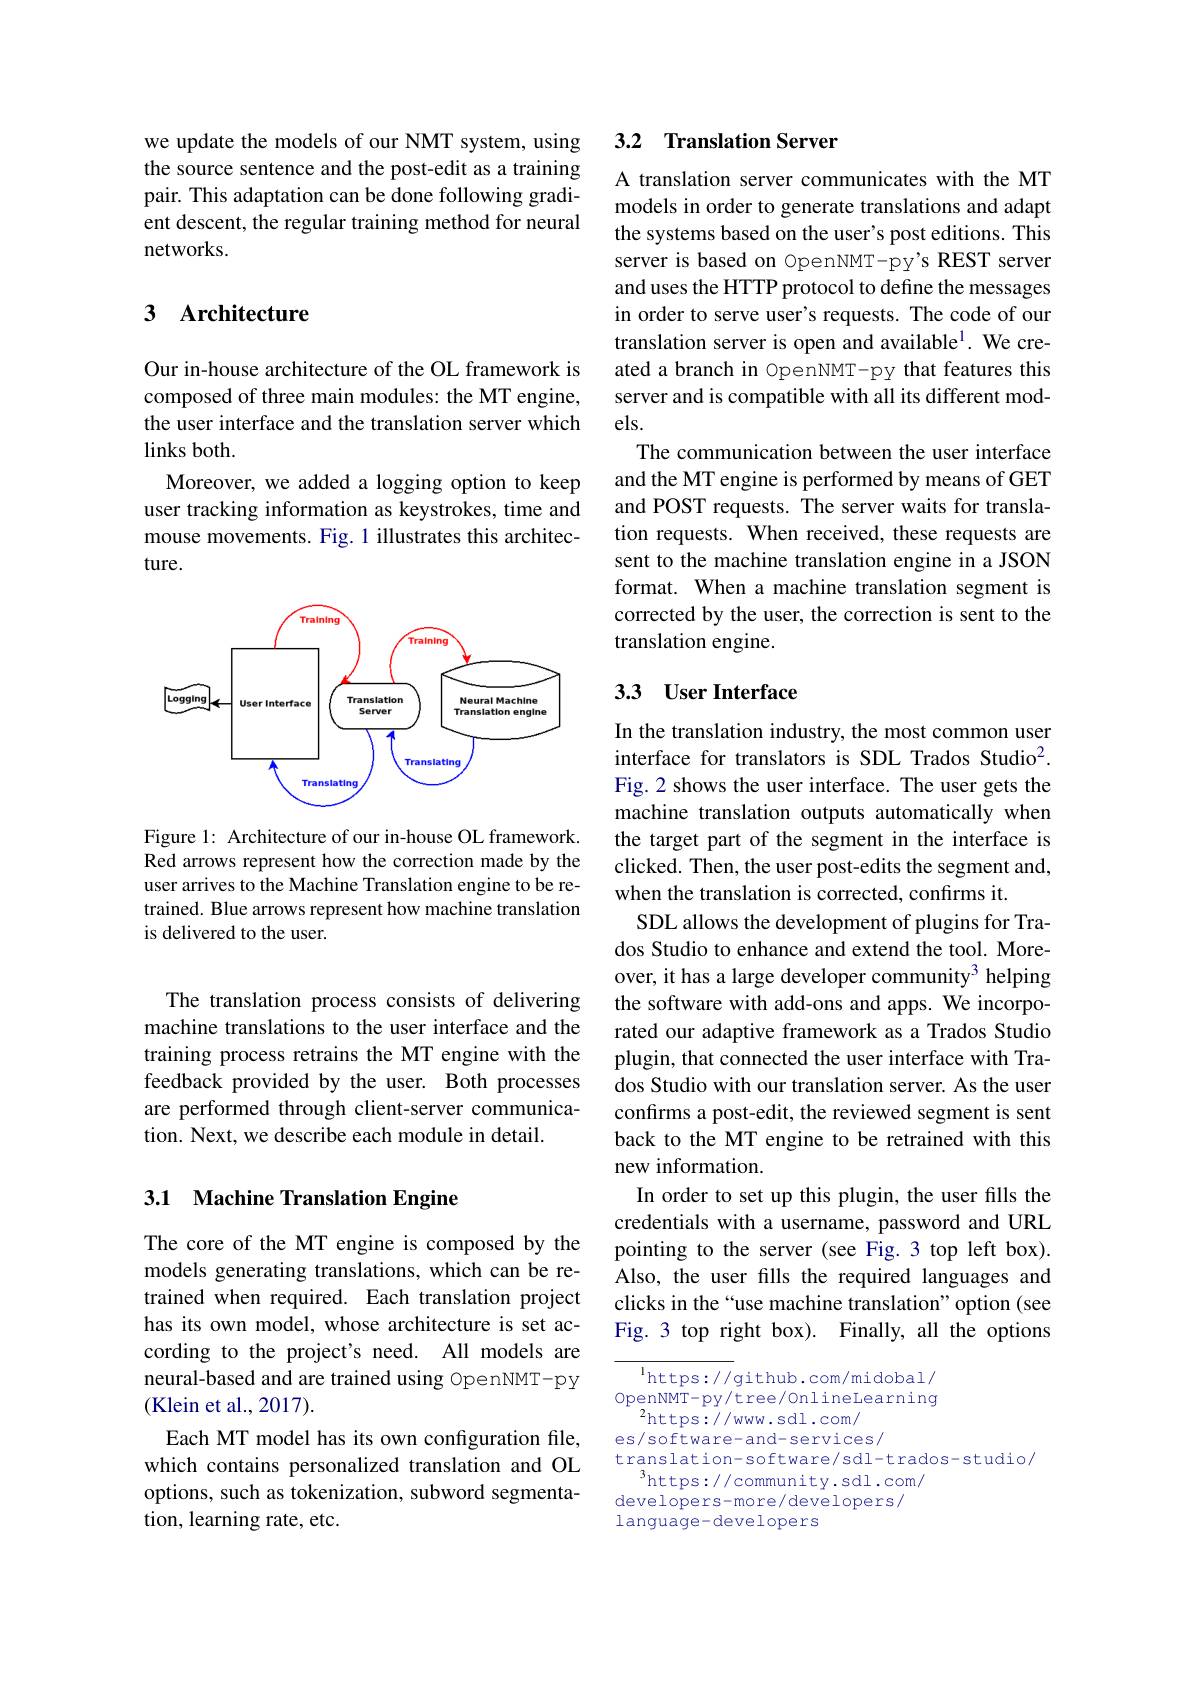
we update the models of our NMT system, using the source sentence and the post-edit as a training pair. This adaptation can be done following gradient descent, the regular training method for neural networks.

## 3 Architecture

Our in-house architecture of the OL framework is composed of three main modules: the MT engine, the user interface and the translation server which links both.
Moreover, we added a logging option to keep user tracking information as keystrokes, time and mouse movements. Fig. 1 illustrates this architecture.

<FigureHere>

Figure 1: Architecture of our in-house OL framework. Red arrows represent how the correction made by the user arrives to the Machine Translation engine to be retrained. Blue arrows represent how machine translation is delivered to the user.

The translation process consists of delivering machine translations to the user interface and the training process retrains the MT engine with the feedback provided by the user. Both processes are performed through client-server communication. Next, we describe each module in detail.

## 3.1 Machine Translation Engine

The core of the MT engine is composed by the models generating translations, which can be retrained when required. Each translation project has its own model, whose architecture is set according to the project's need. All models are neural-based and are trained using OpenNMT-py (Klein et al., 2017).
Each MT model has its own configuration file, which contains personalized translation and OL options, such as tokenization, subword segmentation, learning rate, etc.

### 3.2 Translation Server

A translation server communicates with the MT models in order to generate translations and adapt the systems based on the user's post editions. This server is based on OpenNMT-py's REST server and uses the HTTP protocol to define the messages in order to serve user's requests. The code of our translation server is open and available$^{1}.$ We created a branch in OpenNMT-py that features this server and is compatible with all its different models.
The communication between the user interface and the MT engine is performed by means of GET and POST requests. The server waits for translation requests. When received, these requests are sent to the machine translation engine in a JSON format. When a machine translation segment is corrected by the user, the correction is sent to the translation engine.

## 3.3 User Interface

In the translation industry, the most common user interface for translators is SDL Trados Studio$^{2}.$ Fig.2 shows the user interface. The user gets the machine translation outputs automatically when the target part of the segment in the interface is clicked. Then, the user post-edits the segment and, when the translation is corrected, confirms it.
SDL allows the development of plugins for Trados Studio to enhance and extend the tool. Moreover, it has a large developer community$^{3}$ helping the software with add-ons and apps. We incorporated our adaptive framework as a Trados Studio plugin, that connected the user interface with Trados Studio with our translation server. As the user confirms a post-edit, the reviewed segment is sent back to the MT engine to be retrained with this new information.
In order to set up this plugin, the user fills the credentials with a username, password and URL pointing to the server (see Fig.3 top left box). Also, the user fills the required languages and clicks in the“use machine translation”option(see Fig. 3 top right box). Finally, all the options

$^{\mathrm{l}}$https://github.com/midobal/ OpenNMT- py/ tree/ 0nlineLearning
$^{2}$https://www.sdl.com/ es/software-and-services/ translation-software/sdl-trados-studio/
$^3$https://community.sdl.com/ developers-more/developers/ language-developers